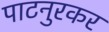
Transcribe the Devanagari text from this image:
पाटनुरकर